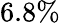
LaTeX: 6.8\%